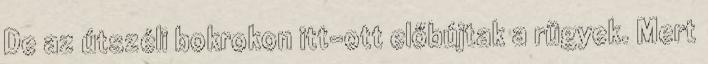
De az útszéli bokrokon itt-ott előbújtak a rügyek. Mert